Indian journal of veterinary science and animal husbandry - Volume 7,
Year: 1937
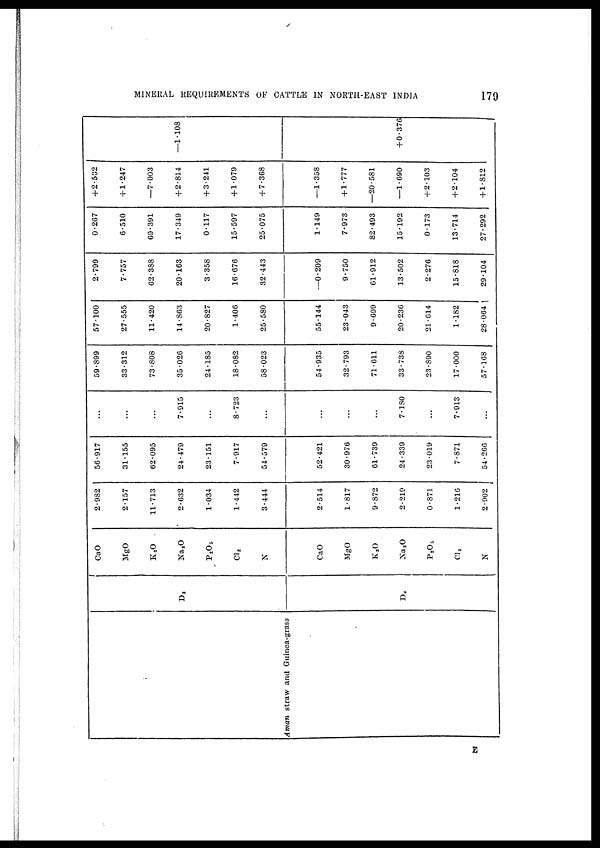
MINERAL REQUIREMENTS OF CATTLE IN NORTH-EAST INDIA
179
Aman Straw and Guinea-grass
D 3
D 6
CaO
MgO
K 2 O
Na 2 O
P 2 O 5
Cl 2
N
CaO
MgO
K 2 O
Na 2 O
P 2 O 5
Cl 2
N
2.982
2.157
11.713
2.632
1.034
1.442
3.444
2.514
1.817
9.872
2.219
0.871
1.216
2.902
56.917
31.155
62.095
24.479
23.151
7.917
54.579
52.421
30.976
61.739
24.339
23.019
7.871
54.266
...
...
...
7.915
...
8.723
...
...
...
...
7.380
...
7.913
...
59.899
33.312
73.808
35.026
24.185
18.082
58.023
54.935
32.793
71.611
33.738
23.890
17.000
57.168
57.100
27.555
11.420
14.863
20.827
1.406
25.580
55.144
23.043
9.699
20.236
21.614
1.182
28.064 1
2.799
7.757
62.388
20.163
3.358
16.676
32.443
—0.209
9.750
61.912
13.502
2.276
15.818
29.104
0.267
6.510
69.391
17.349
0.117
15.597
25.075
1.149
7.973
82.493
15.192
0.173
13.714
27.292
+2.532
+ 1.247
—7.003
+ 2.814
+ 3.241
+ 1.079
+ 7.368
—1.358
+ 1.777
—20.581
—1.690
+2.103
+ 2.104
+ 1.812
—1.108
+ 0.376
E